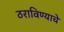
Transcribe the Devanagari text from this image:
ठराविण्याचे